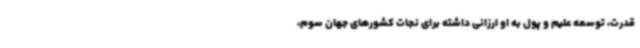
قدرت، توسعه علیم و پول به او ارزانی داشته برای نجات کشورهای جهان سوم،